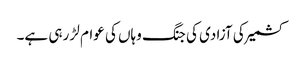
کشمیر کی آزادی کی جنگ وہاں کی عوام لڑ رہی ہے۔